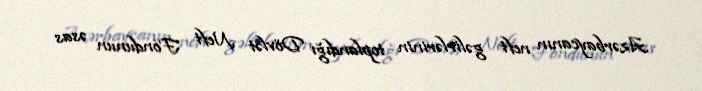
Azərbaycanın neft gəlirlərinin toplandığı Dövlət Neft Fondunun əsas